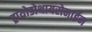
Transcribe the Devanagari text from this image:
ट्रायोडोथायरोनाईन